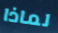
لماذا